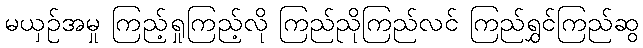
မယှဉ်အမှု ကြည့်ရှုကြည့်လို ကြည်ညိုကြည်လင် ကြည်ရွှင်ကြည်ဆွ